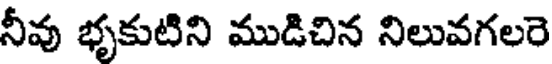
నీవు భృకుటిని ముడిచిన నిలువగలరె